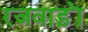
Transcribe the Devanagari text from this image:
रजवाड़ॊं